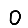
Digit: 0